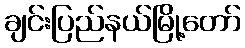
ချင်းပြည်နယ်မြို့တော်